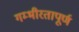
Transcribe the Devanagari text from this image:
गम्भीरतापूर्ण